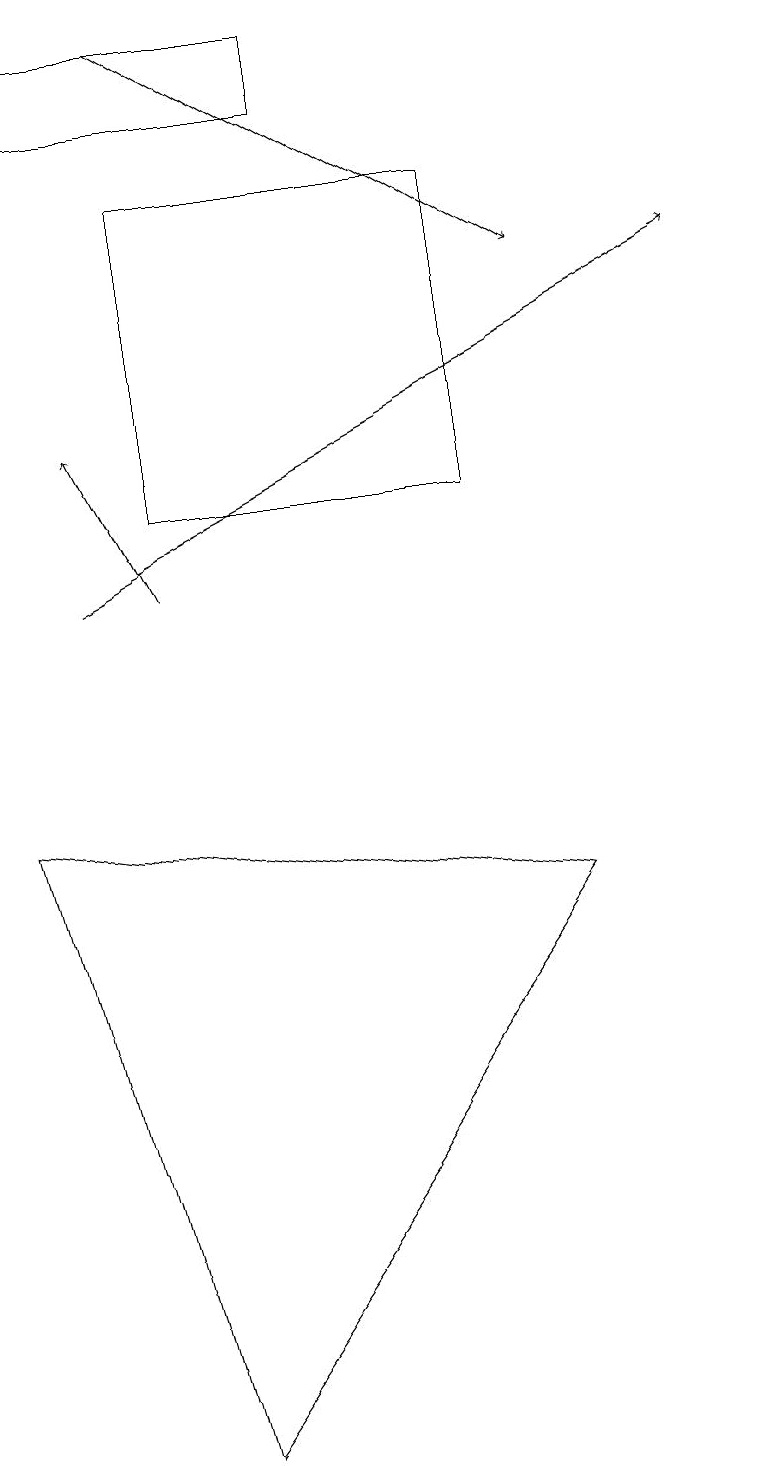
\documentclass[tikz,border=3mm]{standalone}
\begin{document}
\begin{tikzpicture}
\draw (2,16) rectangle (6,12);
\draw[->] (2,18) -- (7,15);
\draw (0,8) -- (2,0) -- (7,7) -- cycle;
\draw[->] (1,11) -- (9,15);
\draw (4,18) rectangle (0,17);
\draw[->] (2,11) -- (1,13);
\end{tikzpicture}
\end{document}